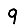
Digit: 9